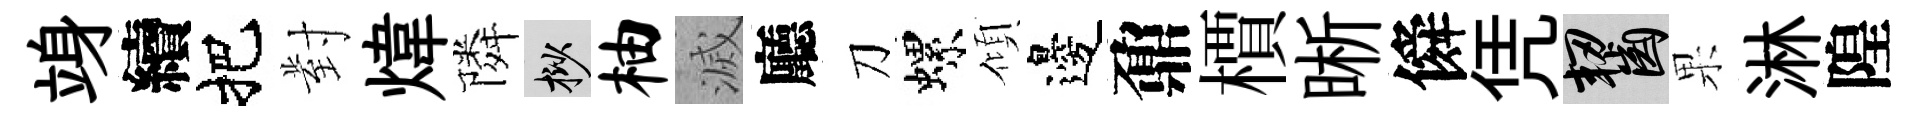
竧續把對煒隣挲柚滅廳刀螺傾邊鼐檟晰僢凭齧果淋隍